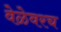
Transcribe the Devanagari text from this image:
वेळेवरच